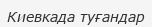
Киевкада туғандар